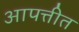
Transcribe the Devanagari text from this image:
आपत्तीत